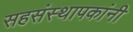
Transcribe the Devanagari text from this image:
सहसंस्थापकांनी